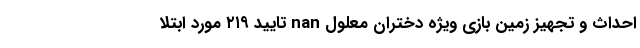
احداث و تجهیز زمین بازی ویژه دختران معلول nan تایید ۲۱۹ مورد ابتلا